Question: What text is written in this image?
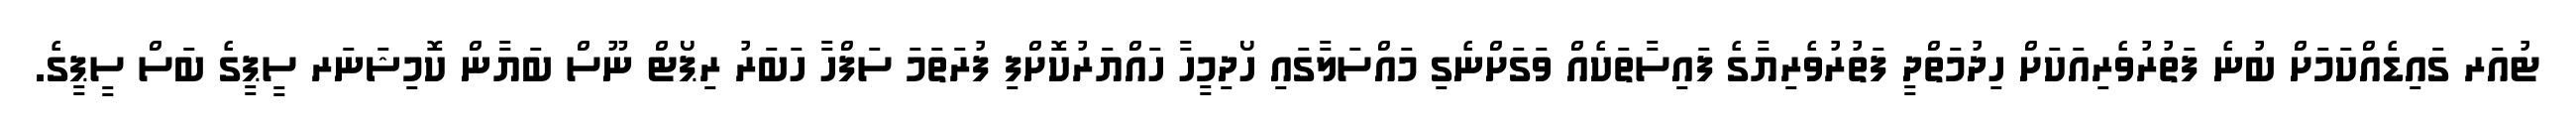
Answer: ޓުއަރ ގައިޑެއްކަމަށް ބުނެ ފަތުރުވެރިއަކަށް ހިދުމަތްދީ ފަތުރުވެރިޔާގެ ފައިސާތަކެއް ވަގަށްނެގި މައްސަލާގައި ހޯދިމީހާ ހައްޔަރުކޮށްފި ފުރަތަމަ ސަފްހާ ހަބަރު ރިޕޯޓް ނޫސް ބަޔާން ކޮމިޝަނަރ ސީޕީގެ ބަސް ސީޕީގެ.